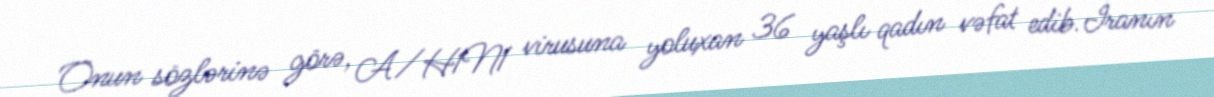
Onun sözlərinə görə, A/H1N1 virusuna yoluxan 36 yaşlı qadın vəfat edib.İranın